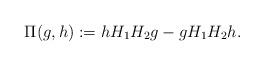
LaTeX: \begin{align*}\Pi(g,h ) := h H_1H_2 g - g H_1H_2 h.\end{align*}